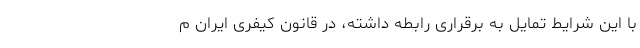
با این شرایط تمایل به برقراری رابطه داشته، در قانون کیفری ایران م